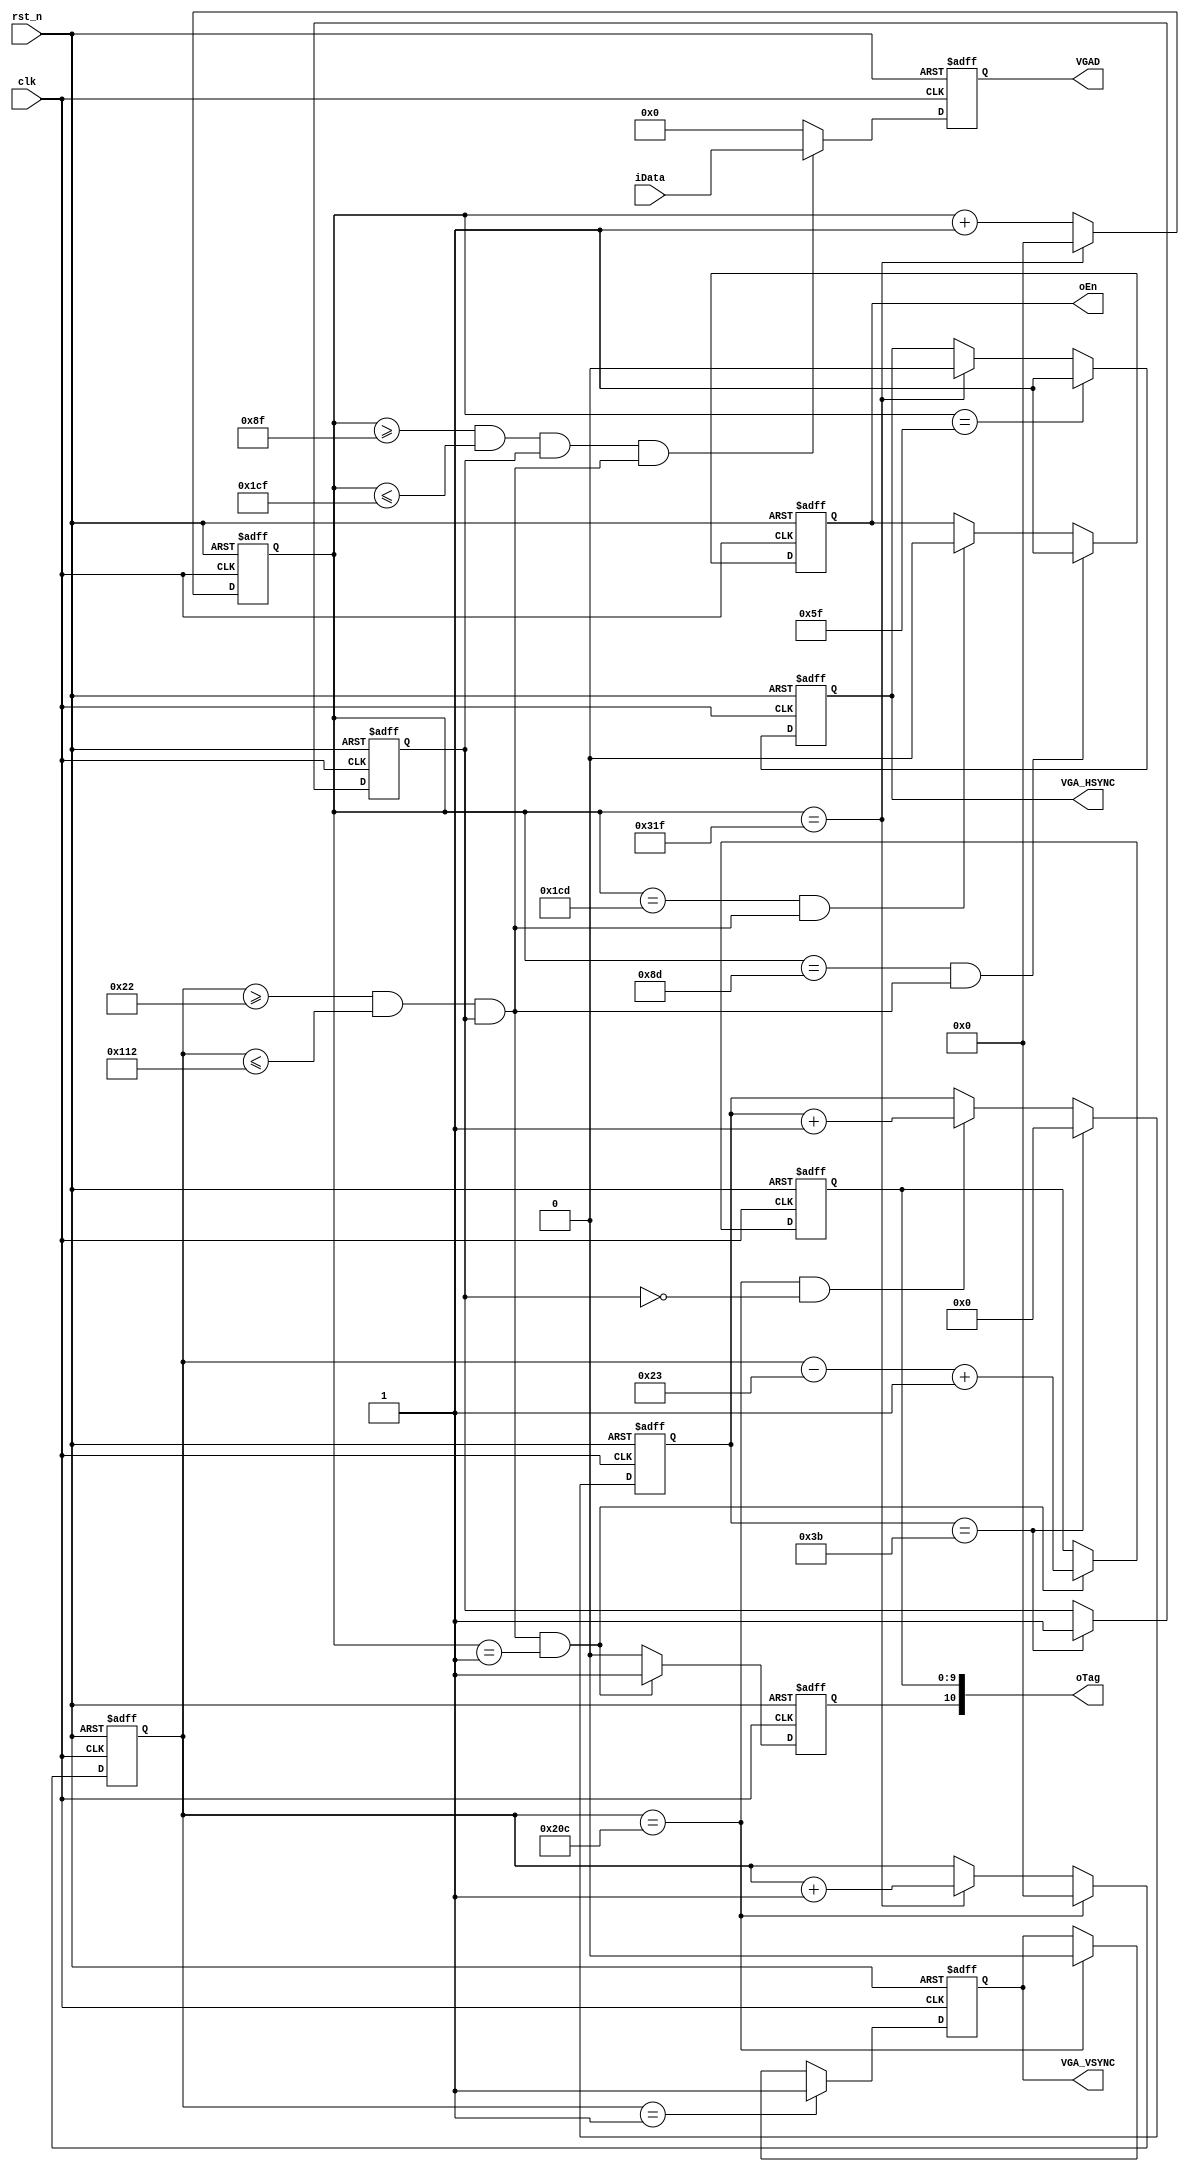
module vga_func_module(
   input clk, //25MHZ
   input rst_n,
   output VGA_HSYNC, VGA_VSYNC,
   output [15:0] VGAD,
	output oEn, //从ram里读使能
	input [15:0] iData, //ram输出数据总线
	output [10:0] oTag //通知sdram转载信号线 使能、第几行
);

parameter FRAME_DELAY = 8'd60;//延迟显示的帧数

parameter SA = 10'd96, SB = 10'd48, SC = 10'd640, SD = 10'd16, SE = 10'd800;

parameter SO = 10'd2, SP = 10'd33, SQ = 10'd480, SR = 10'd10, SS = 10'd525;

parameter XSIZE = 10'd320, YSIZE = 10'd240, XOFF = 10'd0, YOFF = 10'd0;//显示区间 320x240 不能超过640x480

//*************延迟信号*************
reg isON; //开关显示信号
reg [7:0] CF; //计数器

always @(posedge clk or negedge rst_n) begin
   if(!rst_n)
		begin
			isON <= 1'b0;
			CF <= 8'd0;
		end
   else if(CF == FRAME_DELAY-1)
		begin
			CF <= 8'd0;
			isON <= 1'b1; //使能显示
		end
	else if(CV == SS-1 && !isON)
		CF <= CF + 1'b1;
		
end
//*************列同步信号*************
reg [9:0] CH;

always @(posedge clk or negedge rst_n) begin
   if(!rst_n)
		CH <= 10'd0;
   else if(CH == SE-1)
		CH <= 10'd0;
	else
		CH <= CH + 1'b1;
end

reg H;

always @(posedge clk or negedge rst_n) begin
   if(!rst_n)
		H <= 1'b0;
   else if(CH == SA-1)
		H <= 1'b1;
	else if(CH == SE-1)
		H <= 1'b0;
	else
		H <= H;
end

//*************行同步信号*************
reg [9:0] CV;

always @(posedge clk or negedge rst_n) begin
   if(!rst_n)
		CV <= 10'd0;
   else if(CV == SS-1)
		CV <= 10'd0;
	else if(CH == SE-1)
		CV <= CV + 1'b1;
	else
		CV <= CV;
end

reg V;

always @(posedge clk or negedge rst_n) begin
   if(!rst_n)
		V <= 1'b0;
   else if(CV == SO-1)
		V <= 1'b1;
	else if(CV == SS-1)
		V <= 1'b0;
	else
		V <= V;
end

//*************有效信号*************
wire isX = ((CH >= SA + SB - 1) && (CH <= SA + SB + XSIZE - 1)) && isON;
wire isY = ((CV >= SO + SP - 1) && (CV <= SO + SP + YSIZE - 1)) && isON;

//*************产生RAM读信号*************
wire isStart = (CH == SA + SB - 1 - 2 );
wire isStop = (CH == SA + SB + XSIZE - 1 - 2);

reg isEn;
reg [15:0] D1;

always @(posedge clk or negedge rst_n) begin
   if(!rst_n)
		begin
			D1 <= 16'd0;
			isEn <= 1'b0;
		end
   else
		begin
			if(isStart && isY) //有效行 开始有效列的时候
				isEn <= 1'b1; 
			else if(isStop && isY)
				isEn <= 1'b0;
			D1 <= (isX && isY) ? iData : 16'd0;
		end
end

//*************产生通知SDRAM转载信号*************
reg isUpdate;
reg [9:0] CY;
always @(posedge clk or negedge rst_n) begin
   if(!rst_n)
		begin 
			isUpdate <= 1'b0; 
			CY <= 10'd0; 
		end
   else if(isY && CH == 1)
		begin
			isUpdate <= 1'b1;
			CY <= (CV - (SO + SP) +1); //转载第几行
		end
	else
		isUpdate <= 1'b0;
end


assign VGA_HSYNC = H;

assign VGA_VSYNC = V;

assign VGAD = D1;

assign oEn = isEn;

assign oTag [10] = isUpdate;
assign oTag [9:0] = CY;

endmodule